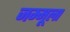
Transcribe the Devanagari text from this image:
जम्मूला